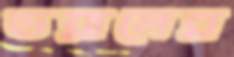
ডয়ালের